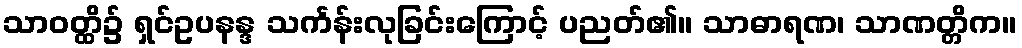
သာဝတ္ထိ၌ ရှင်ဥပနန္ဒ သင်္ကန်းလုခြင်းကြောင့် ပညတ်၏။ သာဓာရဏ၊ သာဏတ္တိက။